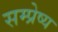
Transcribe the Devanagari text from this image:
सम्प्रेष्य